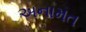
અનામત